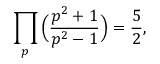
\prod _ { p } { \Big ( } { \frac { p ^ { 2 } + 1 } { p ^ { 2 } - 1 } } { \Big ) } = { \frac { 5 } { 2 } } ,